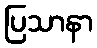
ပြသာနာ